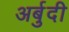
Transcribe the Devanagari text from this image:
अर्बुदी